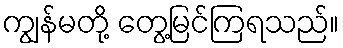
ကျွန်မတို့ တွေ့မြင်ကြရသည်။